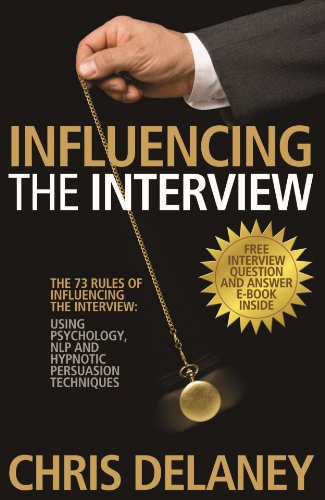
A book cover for The 73 Rules of Influencing the Interview: Using Psychology, Nlp and Hypnotic Persuasion Techniques; Chris Delaney; Business & Money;